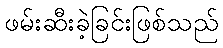
ဖမ်းဆီးခဲ့ခြင်းဖြစ်သည်